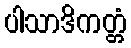
ပါသာဒိကတ္တံ